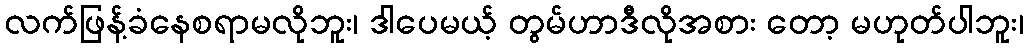
လက်ဖြန့်ခံနေစရာမလိုဘူး၊ ဒါပေမယ့် တွမ်ဟာဒီလိုအစား တော့ မဟုတ်ပါဘူး၊